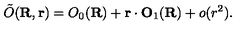
\tilde { O } ( { \bf R } , { \bf r } ) = O _ { 0 } ( { \bf R } ) + { \bf r } \cdot { \bf O } _ { 1 } ( { \bf R } ) + o ( r ^ { 2 } ) .